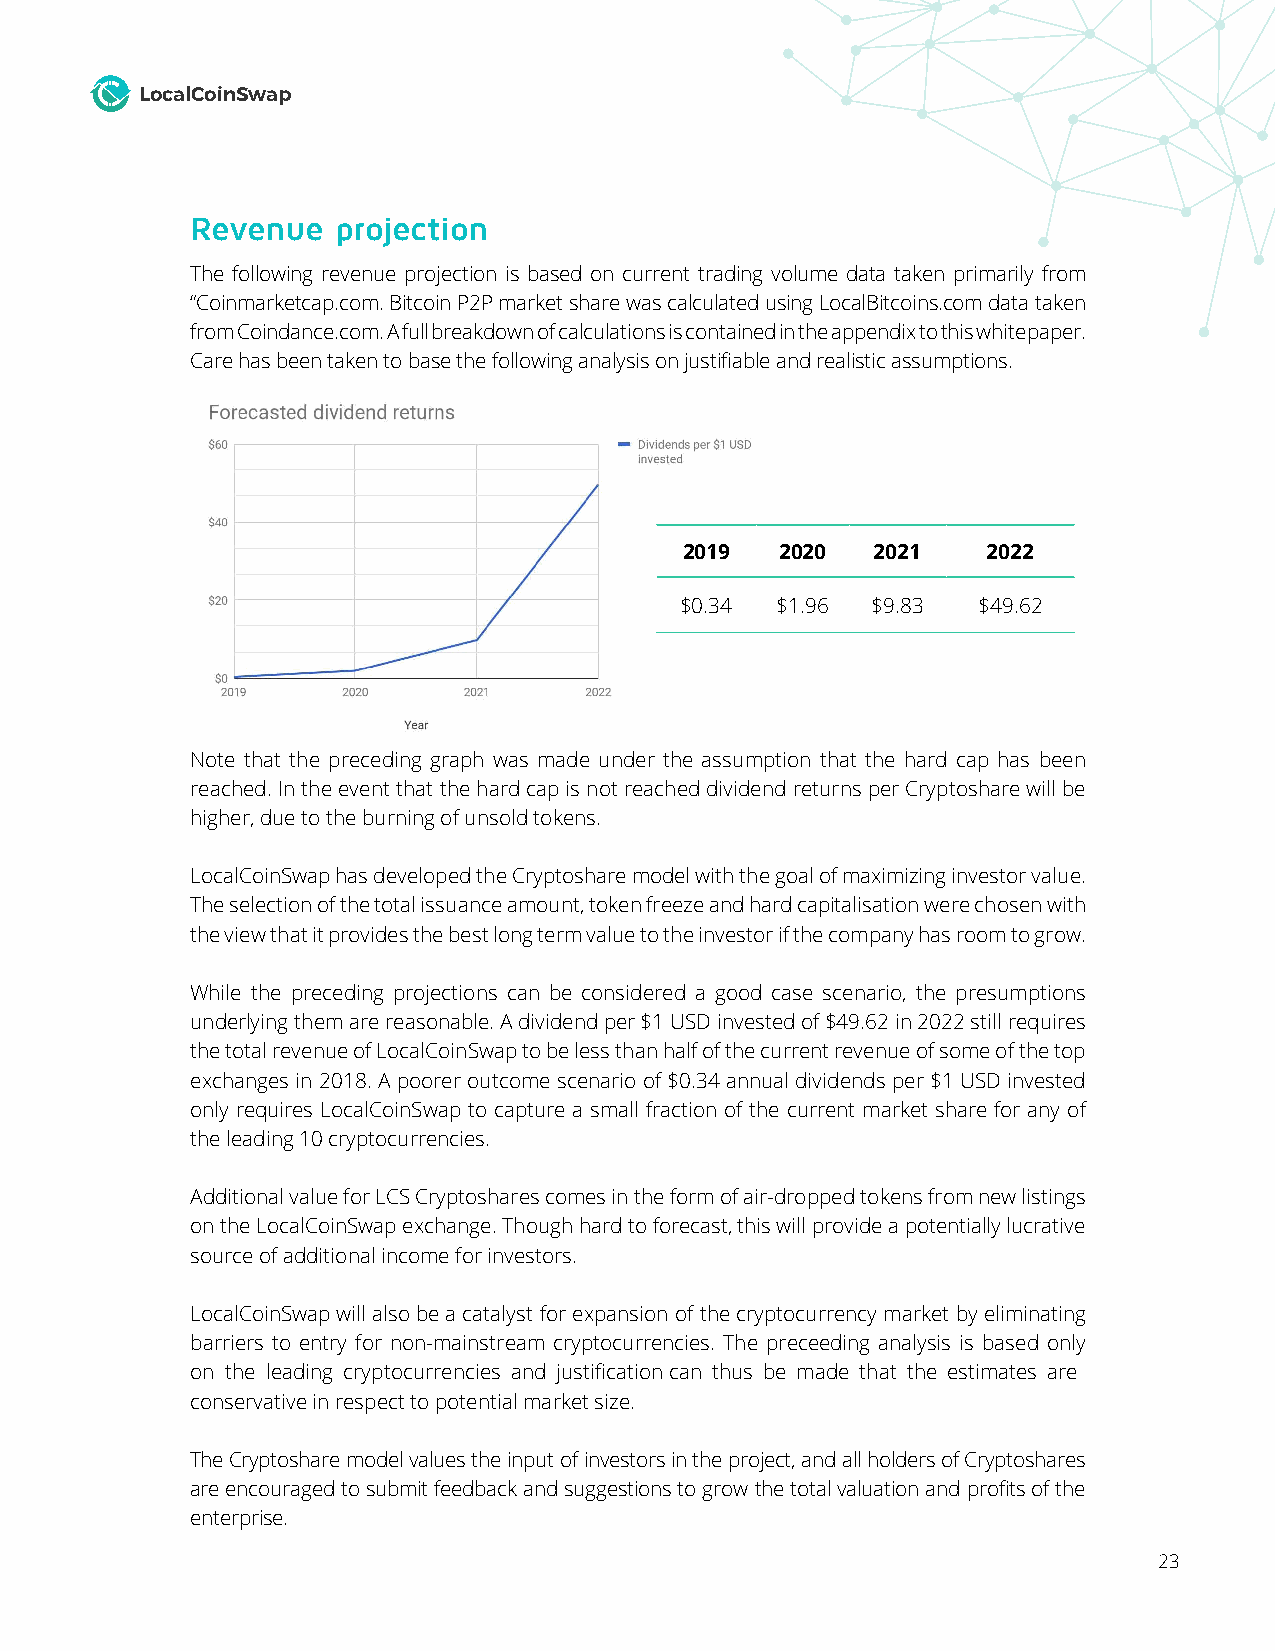
LocalCoinSwap
 Revenue  projection
 The following revenue projection is based on current trading volume data taken primarily from
 “Coinmarketcap.com. Bitcoin P2P market share was calculated using LocalBitcoins.com data taken
 from Coindance.com. A full breakdown of calculations is contained in the appendix to this whitepaper.
 Care has been taken to base the following analysis on justifiable and realistic assumptions.
 2019   2020  2021   2022
 $0.34 $1.96  $9.83  $49.62
 Note that the preceding graph was made under the assumption that the hard cap has been
 reached. In the event that the hard cap is not reached dividend returns per Cryptoshare will be
 higher, due to the burning of unsold tokens.
 LocalCoinSwap has developed the Cryptoshare model with the goal of maximizing investor value.
 The selection of the total issuance amount, token freeze and hard capitalisation were chosen with
 the view that it provides the best long term value to the investor if the company has room to grow.
 While the preceding projections can be considered a good case scenario, the presumptions
 underlying them are reasonable. A dividend per $1 USD invested of $49.62 in 2022 still requires
 the total revenue of LocalCoinSwap to be less than half of the current revenue of some of the top
 exchanges in 2018. A poorer outcome scenario of $0.34 annual dividends per $1 USD invested
 only requires LocalCoinSwap to capture a small fraction of the current market share for any of
 the leading 10 cryptocurrencies.
 Additional value for LCS Cryptoshares comes in the form of air-dropped tokens from new listings
 on the LocalCoinSwap exchange. Though hard to forecast, this will provide a potentially lucrative
 source of additional income for investors.
 LocalCoinSwap will also be a catalyst for expansion of the cryptocurrency market by eliminating
 barriers to entry for non-mainstream cryptocurrencies. The preceeding analysis is based only
 on the leading cryptocurrencies and justification can thus be made that the estimates are
 conservative in respect to potential market size.
 The Cryptoshare model values the input of investors in the project, and all holders of Cryptoshares
 are encouraged to submit feedback and suggestions to grow the total valuation and profits of the
 enterprise.
 23